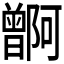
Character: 𬁭